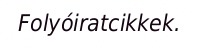
Folyóiratcikkek.